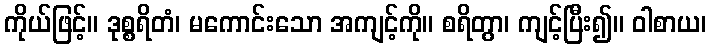
ကိုယ်ဖြင့်။ ဒုစ္စရိတံ၊ မကောင်းသော အကျင့်ကို။ စရိတွာ၊ ကျင့်ပြီး၍။ ဝါစာယ၊